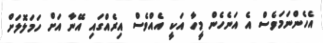
އެހެންނަމަވެސް އެ އަނެހެން މީހާ އަކީ އެއްވެސް އިރެއްގައި އޭނާ އަށް ހަަމަލޮލަށް